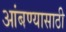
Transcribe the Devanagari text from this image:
आंबण्यासाठी